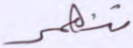
تنهر